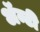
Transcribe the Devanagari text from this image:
ॲन्टी